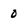
Character: 0